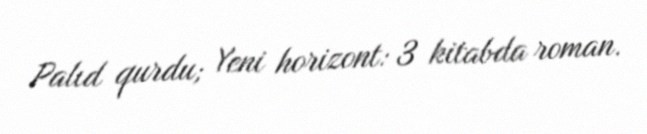
Palıd qurdu; Yeni horizont: 3 kitabda roman.